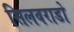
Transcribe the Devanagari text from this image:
सिलवराडो